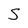
Character: S